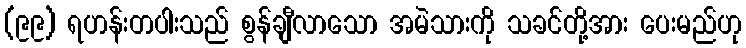
(၉၉) ရဟန်းတပါးသည် စွန်ချီလာသော အမဲသားကို သခင်တို့အား ပေးမည်ဟု